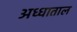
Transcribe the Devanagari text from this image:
अध्धाताल